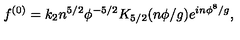
f ^ { ( 0 ) } = k _ { 2 } n ^ { 5 / 2 } \phi ^ { - 5 / 2 } K _ { 5 / 2 } ( n \phi / g ) e ^ { i n \phi ^ { 8 } / g } ,